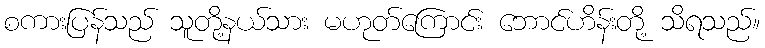
စကားပြန်သည် သူတို့နယ်သား မဟုတ်ကြောင်း ဘောင်ဟိန်းတို့ သိရသည်။